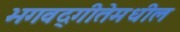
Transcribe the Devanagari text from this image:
भगवद्‍गीतेमधील